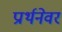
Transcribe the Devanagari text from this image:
प्रार्थनेवर